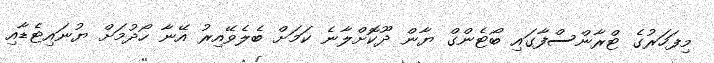
މިފަހަރުގެ ޓްރާންސްފާގައި ބޯޓެންގް ޔާން ދޫކޮށްލާނެ ކަމަށް ބެލެވޭއިރު އޭނާ ހޯދުމަށް ޔުނައިޓެޑާއި